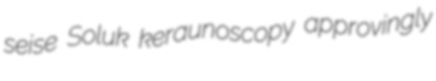
seise Soluk keraunoscopy approvingly